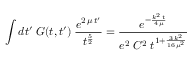
\int d t ^ { \prime } \; G ( t , t ^ { \prime } ) \; \frac { e ^ { 2 \, \mu \, t ^ { \prime } } } { t ^ { \frac 5 2 } } = \frac { e ^ { - \frac { k ^ { 2 } \, t } { 4 \, \mu } } } { e ^ { 2 } \; C ^ { 2 } \; t ^ { 1 + \frac { 3 \, k ^ { 2 } } { 1 6 \, \mu ^ { 2 } } } }